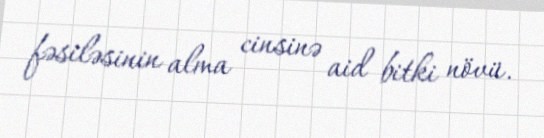
fəsiləsinin alma cinsinə aid bitki növü.